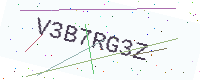
Text: V3B7RG3Z